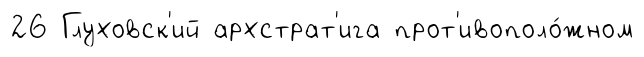
26 Глуховск'ий архстрат'ига прот'ивополо́жном